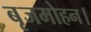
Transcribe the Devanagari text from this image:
बृजमोहन।